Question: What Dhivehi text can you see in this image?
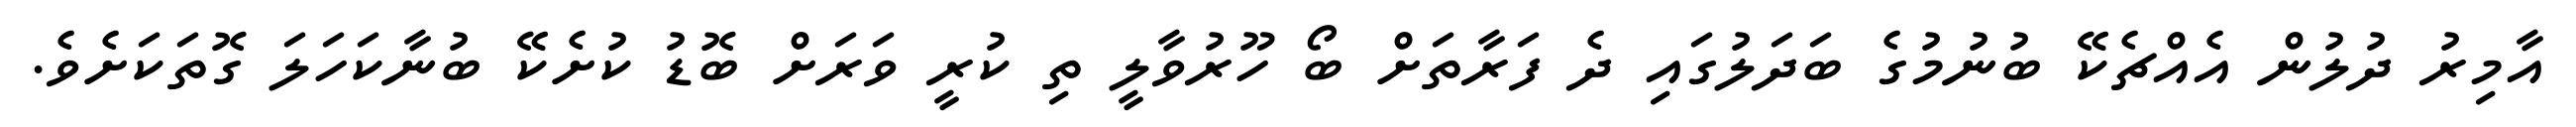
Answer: އާމިރު ދުލުން އެއްޗެކޭ ބުނުމުގެ ބަދަލުގައި ދެ ފަރާތަށް ބޯ ހޫރުވާލީ ތި ކުރީ ވަރަށް ބޮޑު ކުށެކޭ ބުނާކަހަލަ ގޮތަކަށެވެ.